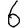
Digit: 6